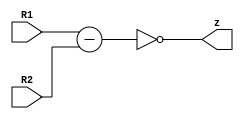
module Comp #(
    parameter WIDTH = 8
) (
    //input Clk,
    input [WIDTH-1:0] R1, R2, //inputs comes from AC and bus
    output wire z //output is AC register
);

reg [WIDTH-1:0] value;
reg flagOut;
always @(*) begin
    value <= R1-R2; 
	 flagOut <= (value == 8'b0);
//	if (value==8'b0) begin
//        flagOut <= 1'b1;
//    end 
//    else begin
//        flagOut <= 1'b0;
//    end
end

assign z = flagOut;
    
endmodule